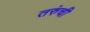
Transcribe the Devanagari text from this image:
तरुंची